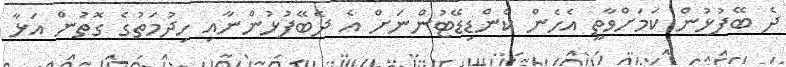
ދެ ބޭފުޅުން ކަމަށްވާތީ އެހެން ކެންޑިޑޭޓުންނަށް އެ ދެބޭފުޅުންނާއި ހިދުމަތުގެ ގޮތުން އަޅާ